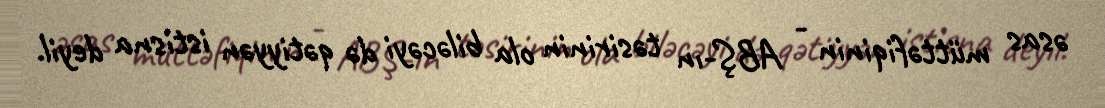
əsas müttəfiqinin - ABŞ-ın təsirinin ola biləcəyi də qətiyyən istisna deyil.